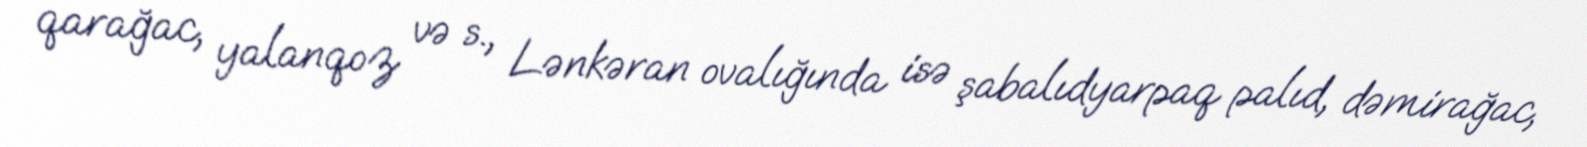
qarağac, yalanqoz və s., Lənkəran ovalığında isə şabalıdyarpaq palıd, dəmirağac,